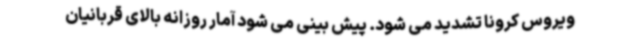
ویروس کرونا تشدید می شود. پیش بینی می شود آمار روزانه بالای قربانیان